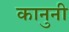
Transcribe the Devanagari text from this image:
कानुनी